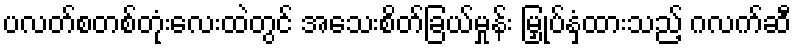
ပလတ်စတစ်တုံးလေးထဲတွင် အသေးစိတ်ခြယ်မှုန်း မြှုပ်နှံထားသည့် ဂလက်ဆီ